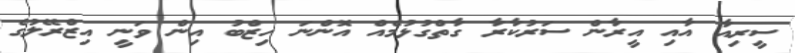
ސީރިއާ އާއި އީރާން ސަރުކާރާ ގާތްގުޅުމެއް އޮންނަ ހިޒްބު އިން ވަނީ އިޒްރޭލުގެ